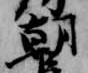
朝